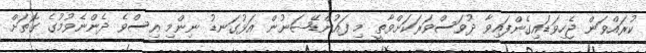
ކުރައްވަން ޖެހިވަޑައިގެންފައިވާ ދުވަސްވަރަކަށްވާތީ މި ފައުންޑޭޝަނުން އަޅުގަނޑު ނިންމި އިސްވެ ދެންނެވުމުގެ ގޮތަށް